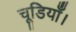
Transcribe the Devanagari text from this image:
चूडियाँ।